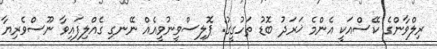
ރިލްވާންގެ ކޭސްއަކީ އެންމެ ޚަރަދު ބޮޑު ތަހުގީގު: ޕޮލިސްވީނުވީއެއް ނޭނގި ގެއްލިފައިވާ ނޫސްވެރިޔާ